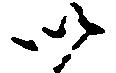
以